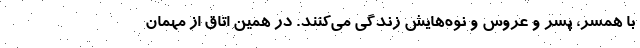
با همسر، پسر و عروس و نوه‌هایش زندگی می‌کنند. در همین اتاق از مهمان